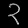
Digit: ၃